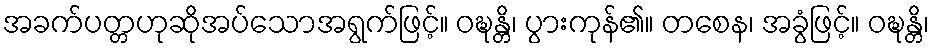
အခက်ပတ္တဟုဆိုအပ်သောအရွက်ဖြင့်။ ဝဍ္ဎန္တိ၊ ပွားကုန်၏။ တစေန၊ အခွံဖြင့်။ ဝဍ္ဎန္တိ၊